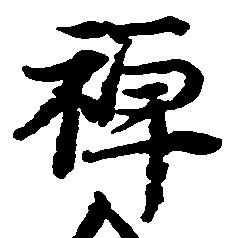
禅